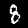
Label: 8